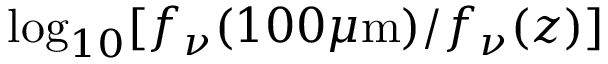
\log _ { 1 0 } [ f _ { \nu } ( 1 0 0 \mu \mathrm { m } ) / f _ { \nu } ( z ) ]